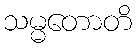
သမ္မတောတိ